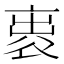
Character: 𧙦